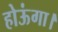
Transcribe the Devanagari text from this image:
होऊंगा।